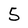
Character: 5